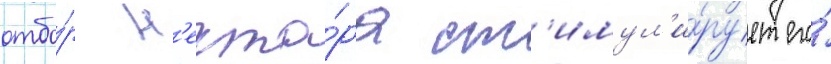
отбо́р н'екта́ра ст'имул'и́рует его́